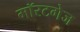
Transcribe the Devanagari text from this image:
मॉरटगेज